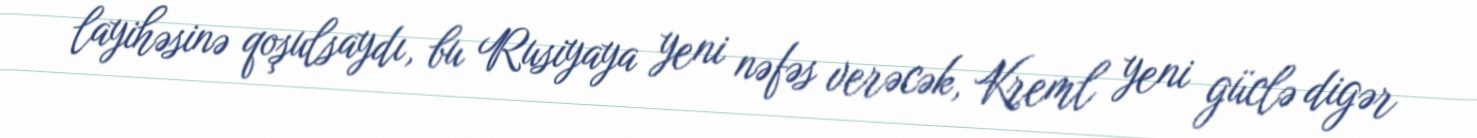
layihəsinə qoşulsaydı, bu Rusiyaya yeni nəfəs verəcək, Kreml yeni güclə digər